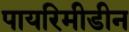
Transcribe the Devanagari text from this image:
पायरिमीडीन